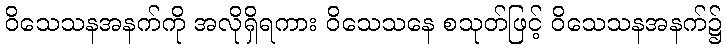
ဝိသေသနအနက်ကို အလိုရှိရကား ဝိသေသနေ စသုတ်ဖြင့် ဝိသေသနအနက်၌